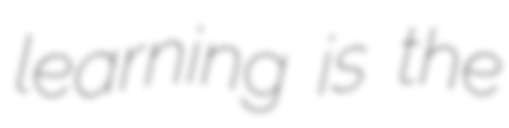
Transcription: learning is the